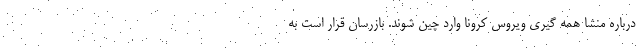
درباره منشا همه گیری ویروس کرونا وارد چین شوند. بازرسان قرار است به